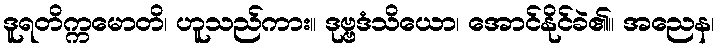
ဒူရတိက္ကမောတိ၊ ဟူသည်ကား။ ဒုဗ္ဗဒံသိယော၊ အောင်နိုင်ခဲ၏။ အညေန၊